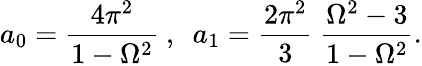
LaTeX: a_{0}={\frac{4\pi^{2}}{1-\Omega^{2}}}~,~~a_{1}={\frac{2\pi^{2}}{3}}~{\frac{\Omega^{2}-3}{1-\Omega^{2}}}.